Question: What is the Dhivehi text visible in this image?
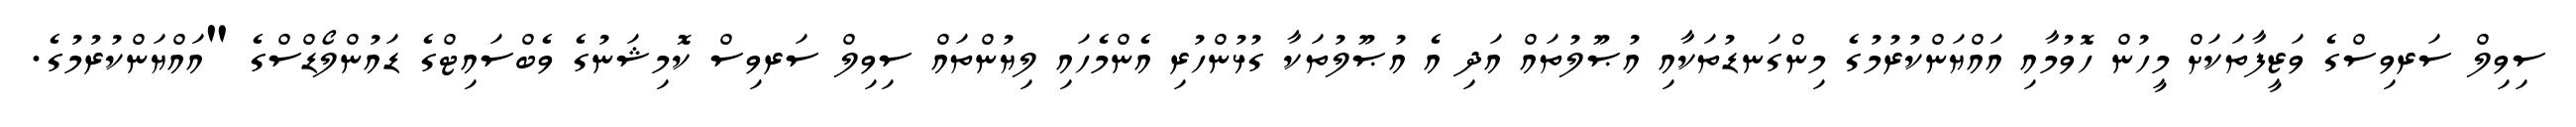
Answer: ސިވިލް ސަރވިސްގެ ވަޒީފާތަކަށް މީހުން ހޮވުމާއި އައްޔަންކުރުމުގެ މިންގަނޑުތަކާއި އުޞޫލުތައް އަދި އެ އުޞޫލުތަކާ ގުޅުންހުރި އެންމެހައި ލިޔުންތައް ސިވިލް ސަރވިސް ކޮމިޝަނުގެ ވެބްސައިޓްގެ ޑައުންލޯޑްސްގެ "އައްޔަންކުރުމުގެ.